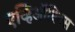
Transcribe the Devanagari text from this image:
एव्हिऑनिक्स